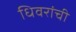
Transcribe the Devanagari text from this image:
धिवरांची